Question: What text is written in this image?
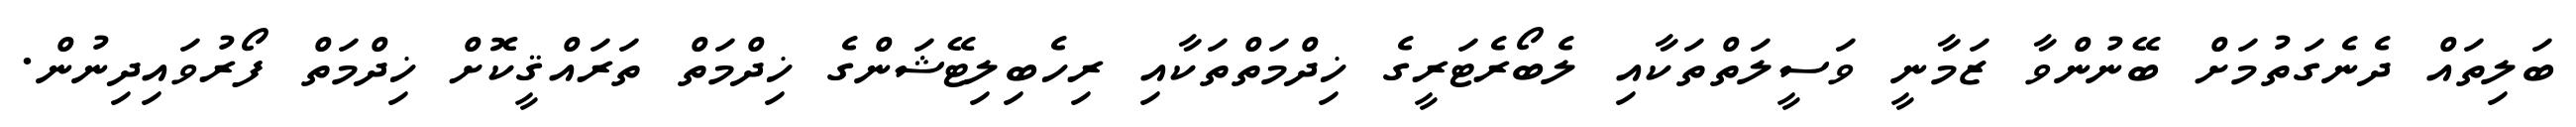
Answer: ބަލިތައް ދެނެގަތުމަށް ބޭނުންވާ ޒަމާނީ ވަސީލަތްތަކާއި ލެބޯރެޓަރީގެ ޚިދްމަތްތަކާއި ރިހެބިލިޓޭޝަންގެ ޚިދްމަތް ތަރައްޤީކޮށް ޚިދްމަތް ފޯރުވައިދިނުން.